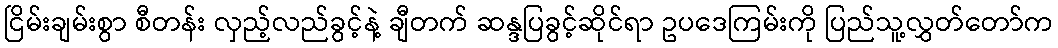
ငြိမ်းချမ်းစွာ စီတန်း လှည့်လည်ခွင့်နဲ့ ချီတက် ဆန္ဒပြခွင့်ဆိုင်ရာ ဥပဒေကြမ်းကို ပြည်သူ့လွှတ်တော်က